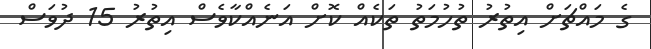
ގެ މައްޗަށް އިތުރު ތުހުމަތު ތަކެއް ކޮށް އަނެއްކާވެސް އިތުރު 15 ދުވަސް